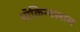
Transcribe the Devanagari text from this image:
ऑकिन्क्लास